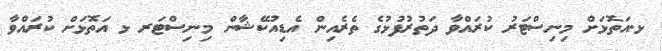
ޅ.އަތޮޅަށް މިނިސްޓަރު ކުރައްވާ ދަތުރުފުޅުގެ ތެރެއިން އެޑިއުކޭޝާން މިނިސްޓަރ ޅ އަތޮޅަށް ކުރައްވާ